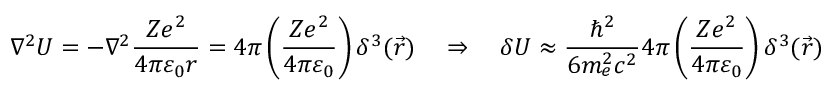
\nabla ^ { 2 } U = - \nabla ^ { 2 } { \frac { Z e ^ { 2 } } { 4 \pi \varepsilon _ { 0 } r } } = 4 \pi \left( { \frac { Z e ^ { 2 } } { 4 \pi \varepsilon _ { 0 } } } \right) \delta ^ { 3 } ( { \vec { r } } ) \quad \Rightarrow \quad \delta U \approx { \frac { \hbar ^ { 2 } } { 6 m _ { e } ^ { 2 } c ^ { 2 } } } 4 \pi \left( { \frac { Z e ^ { 2 } } { 4 \pi \varepsilon _ { 0 } } } \right) \delta ^ { 3 } ( { \vec { r } } )